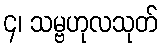
၄၊ သမ္ဗဟုလသုတ်